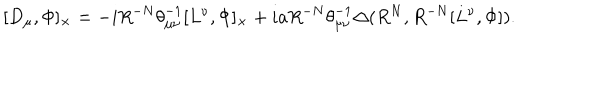
[ D _ { \mu } , \Phi ] _ { \times } = - i R ^ { - N } { \theta } _ { { \mu } { \nu } } ^ { - 1 } [ L ^ { \nu } , \Phi ] _ { \times } + i a R ^ { - N } { \theta } _ { { \mu } { \nu } } ^ { - 1 } { \Delta } ( R ^ { N } , R ^ { - N } [ L ^ { \nu } , \Phi ] ) .